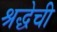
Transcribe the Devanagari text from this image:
श्रद्धेची